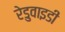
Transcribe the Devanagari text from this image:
रेडुवाइडी